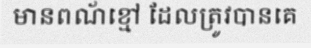
មានពណ័ខ្មៅ ដែលត្រូវបានគេ